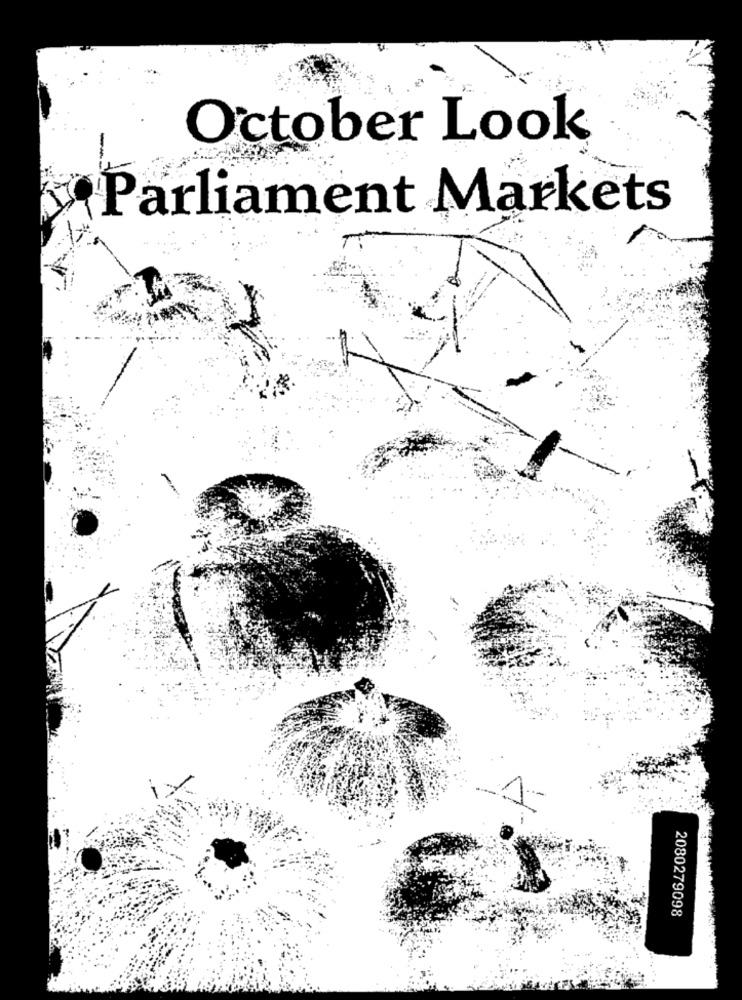
October Look
Parliament Markets
2080279098